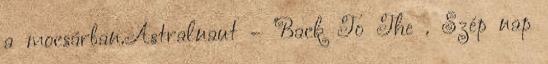
a mocsárban.Astralnaut - "Back To The . Szép nap